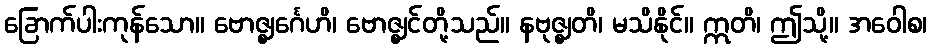
ခြောက်ပါးကုန်သော။ ဗောဇ္ဈင်္ဂေဟိ၊ ဗောဇ္ဈင်တို့သည်။ နဗုဇ္ဈတိ၊ မသိနိုင်။ ဣတိ၊ ဤသို့။ အဝေါစ၊